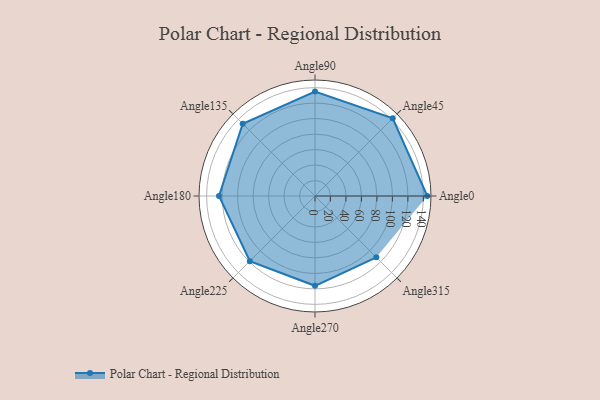
{"axis": {"x": "Angle", "y": "Radius"}, "legend": [""], "data": [{"x": "Angle0", "y": 145.0, "type": ""}, {"x": "Angle45", "y": 142.0, "type": ""}, {"x": "Angle90", "y": 135.0, "type": ""}, {"x": "Angle135", "y": 132.0, "type": ""}, {"x": "Angle180", "y": 124.0, "type": ""}, {"x": "Angle225", "y": 119.0, "type": ""}, {"x": "Angle270", "y": 116.0, "type": ""}, {"x": "Angle315", "y": 112.0, "type": ""}]}